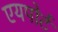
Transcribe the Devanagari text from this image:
एयपोर्ट